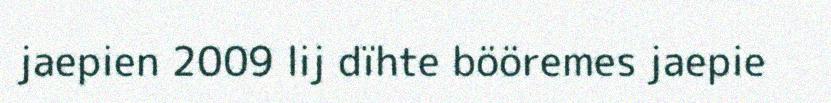
jaepien 2009 lij dïhte bööremes jaepie